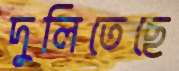
দুলিতেছে